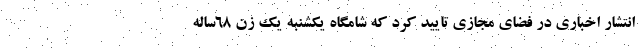
انتشار اخباری در فضای مجازی تایید کرد که شامگاه یکشنبه یک زن ۶۸ساله